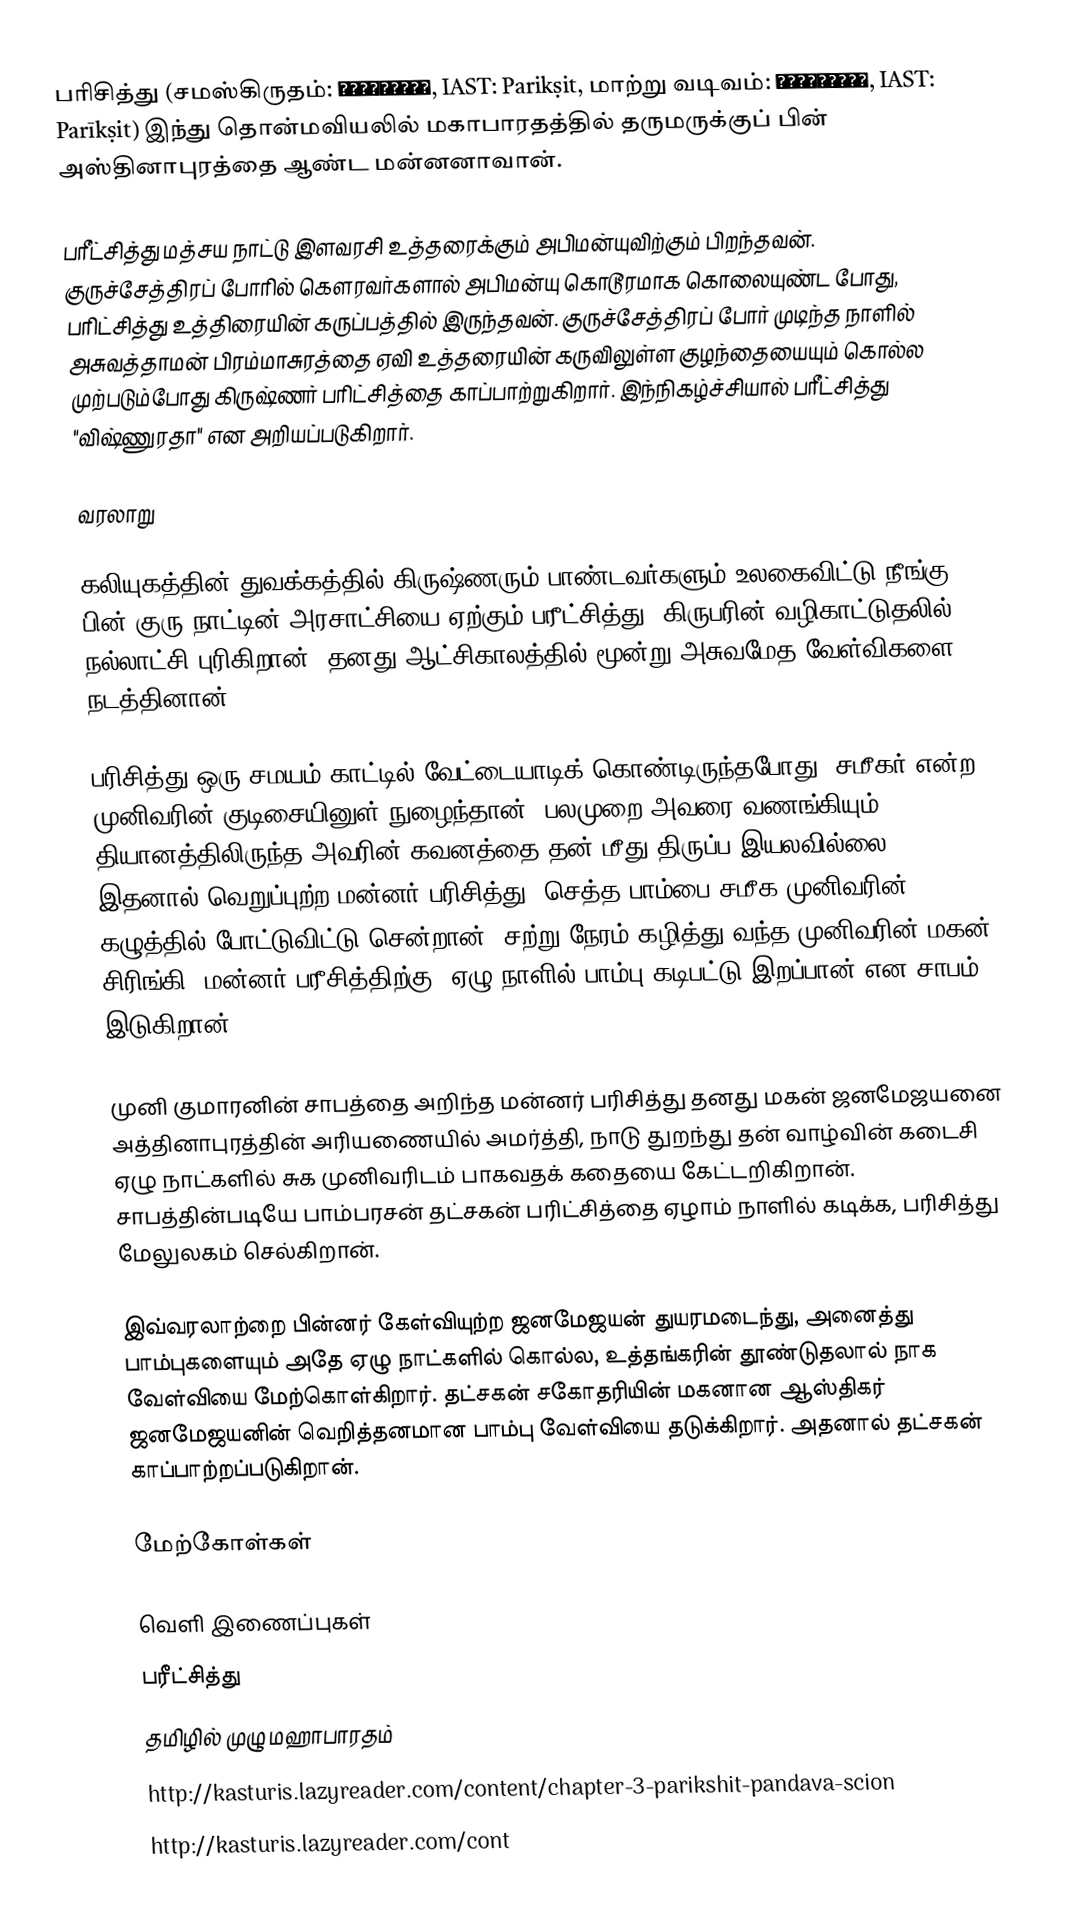
பரிசித்து (சமஸ்கிருதம்: परिक्षित्, IAST: Parikṣit, மாற்று வடிவம்: परीक्षित्, IAST: Parīkṣit) இந்து தொன்மவியலில் மகாபாரதத்தில் தருமருக்குப் பின் அஸ்தினாபுரத்தை ஆண்ட மன்னனாவான்.

பரீட்சித்து மத்சய நாட்டு இளவரசி உத்தரைக்கும் அபிமன்யுவிற்கும் பிறந்தவன். குருச்சேத்திரப் போரில் கௌரவர்களால் அபிமன்யு கொடூரமாக கொலையுண்ட போது, பரிட்சித்து உத்திரையின் கருப்பத்தில் இருந்தவன். குருச்சேத்திரப் போர் முடிந்த நாளில் அசுவத்தாமன் பிரம்மாசுரத்தை ஏவி உத்தரையின் கருவிலுள்ள குழந்தையையும் கொல்ல முற்படும்போது கிருஷ்ணர் பரிட்சித்தை காப்பாற்றுகிறார். இந்நிகழ்ச்சியால் பரீட்சித்து "விஷ்ணுரதா" என அறியப்படுகிறார்.

வரலாறு

கலியுகத்தின் துவக்கத்தில் கிருஷ்ணரும் பாண்டவர்களும் உலகைவிட்டு நீங்கு பின் குரு நாட்டின் அரசாட்சியை ஏற்கும் பரீட்சித்து, கிருபரின் வழிகாட்டுதலில் நல்லாட்சி புரிகிறான். தனது ஆட்சிகாலத்தில் மூன்று  அசுவமேத வேள்விகளை நடத்தினான்.

பரிசித்து ஒரு சமயம் காட்டில் வேட்டையாடிக் கொண்டிருந்தபோது,  சமீகர் என்ற முனிவரின் குடிசையினுள் நுழைந்தான். பலமுறை அவரை வணங்கியும் தியானத்திலிருந்த அவரின் கவனத்தை தன் மீது திருப்ப இயலவில்லை. இதனால் வெறுப்புற்ற மன்னர் பரிசித்து, செத்த பாம்பை சமீக முனிவரின் கழுத்தில் போட்டுவிட்டு சென்றான். சற்று நேரம் கழித்து வந்த முனிவரின் மகன் சிரிங்கி, மன்னர் பரீசித்திற்கு,  ஏழு நாளில் பாம்பு கடிபட்டு இறப்பான் என சாபம் இடுகிறான்.

முனி குமாரனின் சாபத்தை அறிந்த மன்னர் பரிசித்து  தனது மகன் ஜனமேஜயனை அத்தினாபுரத்தின் அரியணையில் அமர்த்தி, நாடு துறந்து தன் வாழ்வின் கடைசி ஏழு நாட்களில் சுக முனிவரிடம் பாகவதக் கதையை கேட்டறிகிறான். சாபத்தின்படியே பாம்பரசன் தட்சகன் பரிட்சித்தை ஏழாம் நாளில் கடிக்க, பரிசித்து மேலுலகம் செல்கிறான்.

இவ்வரலாற்றை பின்னர்  கேள்வியுற்ற ஜனமேஜயன் துயரமடைந்து,  அனைத்து பாம்புகளையும் அதே ஏழு நாட்களில் கொல்ல, உத்தங்கரின் தூண்டுதலால் நாக வேள்வியை மேற்கொள்கிறார். தட்சகன் சகோதரியின் மகனான ஆஸ்திகர் ஜனமேஜயனின் வெறித்தனமான பாம்பு வேள்வியை தடுக்கிறார். அதனால் தட்சகன் காப்பாற்றப்படுகிறான்.

மேற்கோள்கள்

வெளி இணைப்புகள்
 பரீட்சித்து
 தமிழில் முழு மஹாபாரதம்
 http://kasturis.lazyreader.com/content/chapter-3-parikshit-pandava-scion
 http://kasturis.lazyreader.com/cont